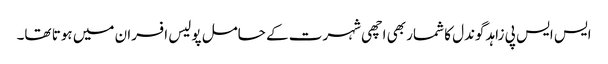
ایس ایس پی زاہد گوندل کا شمار بھی اچھی شہرت کے حامل پولیس افسران میں ہوتا تھا۔